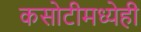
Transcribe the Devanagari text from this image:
कसोटीमध्येही